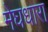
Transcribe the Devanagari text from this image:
मेघधारा